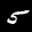
Label: 5